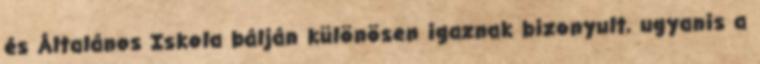
és Általános Iskola bálján különösen igaznak bizonyult, ugyanis a